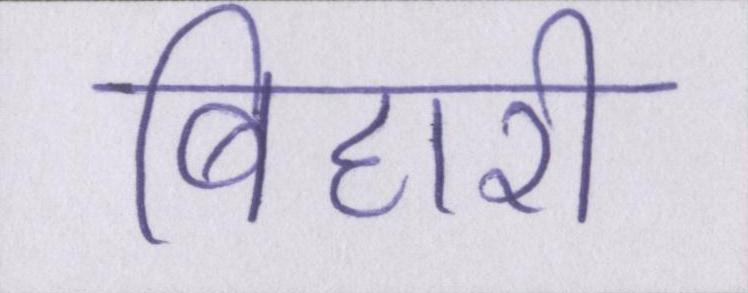
बिहारी